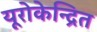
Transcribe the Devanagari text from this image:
यूरोकेन्द्रित